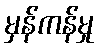
မှန်ကန်မှု